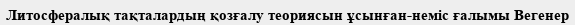
Литосфералық тақталардың қозғалу теориясын ұсынған-неміс ғалымы Вегенер